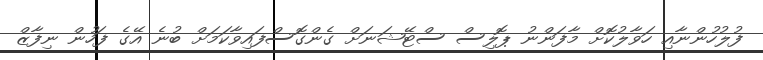
ފުލުހުންނާއި ހަވާލުކޮށް މާފަންނު ޕޮލިސް ސްޓޭޝަނަށް ގެންގޮސްފައިވާކަމަށް ބުނެ އޭގެ ފަހުން ނިފާޒް